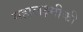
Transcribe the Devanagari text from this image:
महालक्ष्मीकी